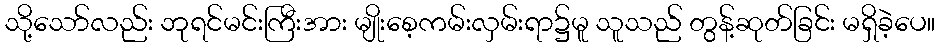
သို့သော်လည်း ဘုရင်မင်းကြီးအား မျိုးစေ့ကမ်းလှမ်းရာ၌မူ သူသည် တွန့်ဆုတ်ခြင်း မရှိခဲ့ပေ။